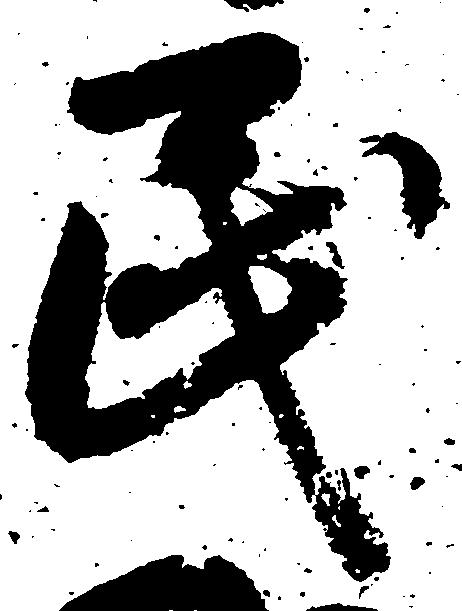
民